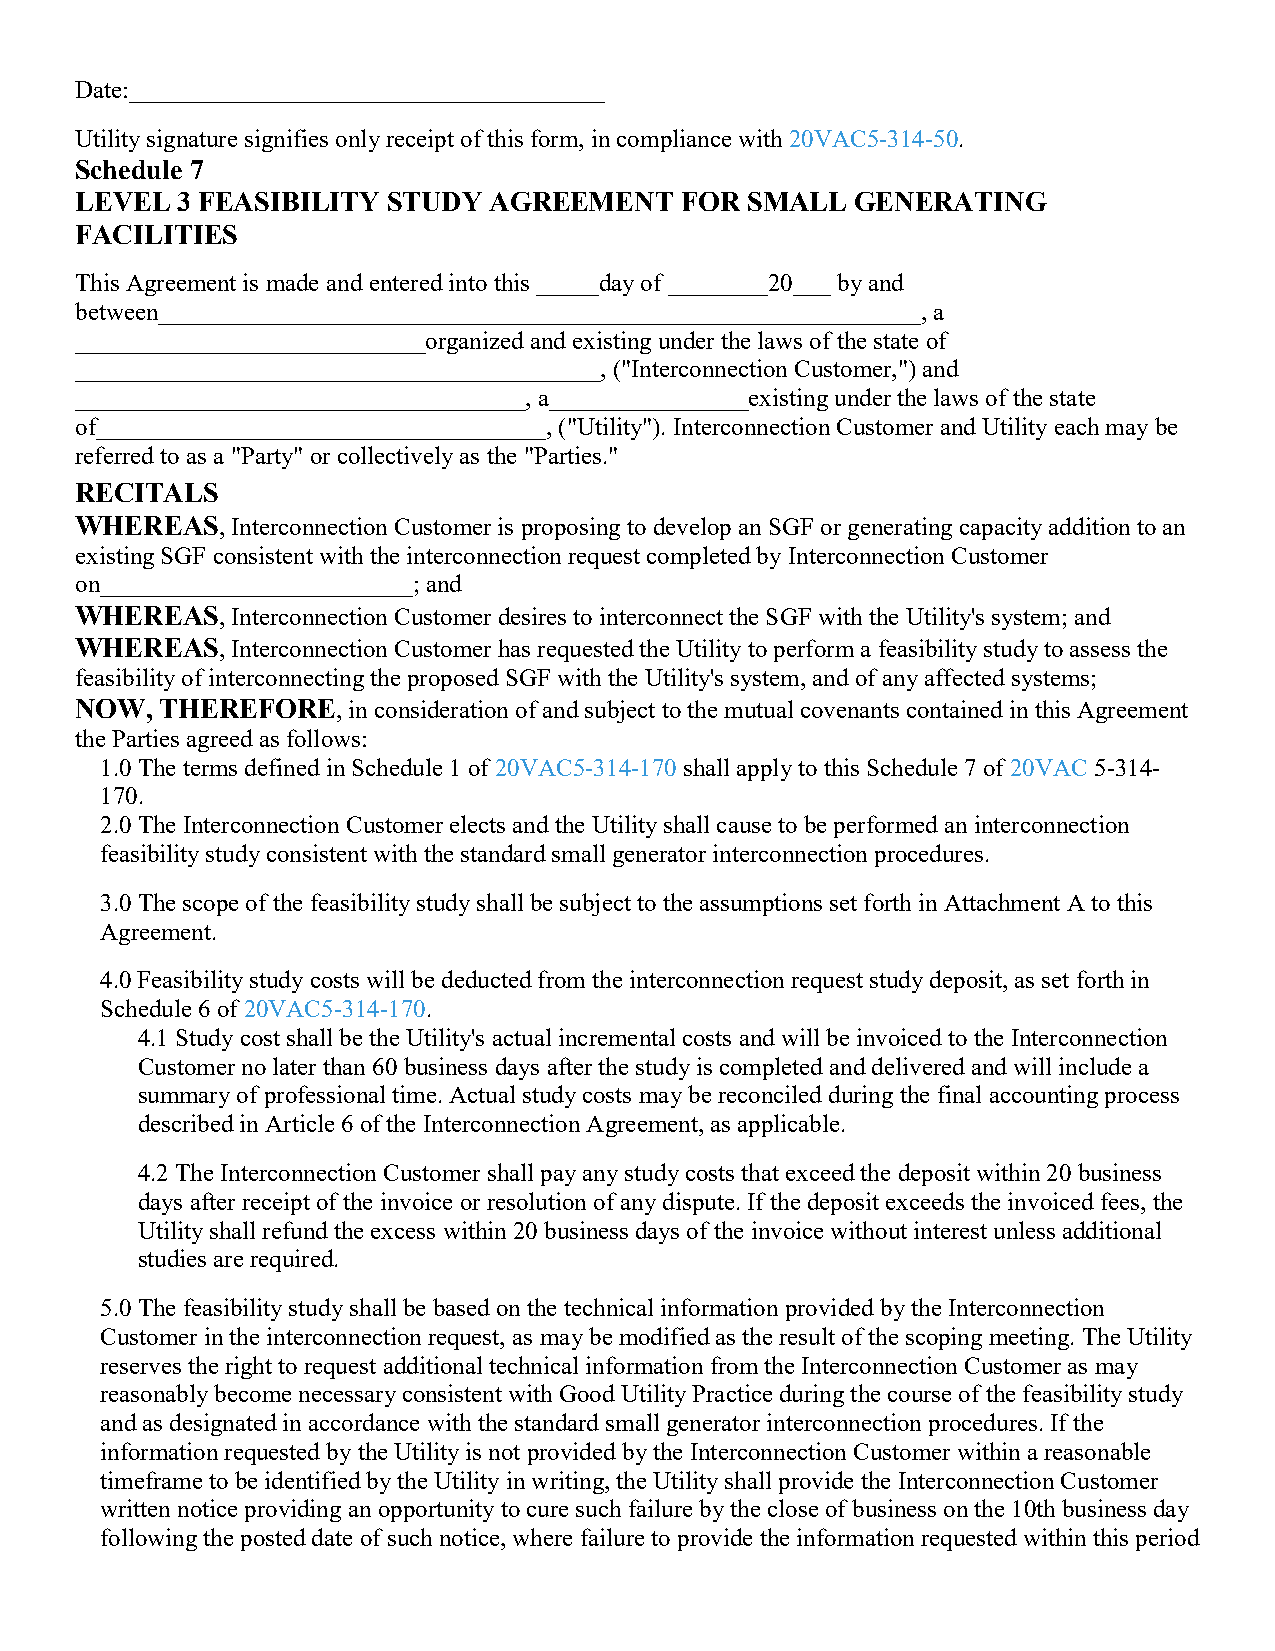
Date:______________________________________
 Utility signature signifies only receipt of this form, in compliance with 20VAC5-314-50.
 Schedule 7
 LEVEL  3 FEASIBILITY STUDY AGREEMENT    FOR SMALL   GENERATING
 FACILITIES
 This Agreement is made and entered into this _____day of ________20___ by and
 between_____________________________________________________________, a
 ____________________________organized and existing under the laws of the state of
 __________________________________________, ("Interconnection Customer,") and
 ____________________________________, a________________existing under the laws of the state
 of____________________________________, ("Utility"). Interconnection Customer and Utility each may be
 referred to as a "Party" or collectively as the "Parties."
 RECITALS
 WHEREAS,  Interconnection Customer is proposing to develop an SGF or generating capacity addition to an
 existing SGF consistent with the interconnection request completed by Interconnection Customer
 on_________________________; and
 WHEREAS,  Interconnection Customer desires to interconnect the SGF with the Utility's system; and
 WHEREAS,  Interconnection Customer has requested the Utility to perform a feasibility study to assess the
 feasibility of interconnecting the proposed SGF with the Utility's system, and of any affected systems;
 NOW,  THEREFORE,  in consideration of and subject to the mutual covenants contained in this Agreement
 the Parties agreed as follows:
 1.0 The terms defined in Schedule 1 of 20VAC5-314-170 shall apply to this Schedule 7 of 20VAC 5-314-
 170.
 2.0 The Interconnection Customer elects and the Utility shall cause to be performed an interconnection
 feasibility study consistent with the standard small generator interconnection procedures.
 3.0 The scope of the feasibility study shall be subject to the assumptions set forth in Attachment A to this
 Agreement.
 4.0 Feasibility study costs will be deducted from the interconnection request study deposit, as set forth in
 Schedule 6 of 20VAC5-314-170.
 4.1 Study cost shall be the Utility's actual incremental costs and will be invoiced to the Interconnection
 Customer no later than 60 business days after the study is completed and delivered and will include a
 summary of professional time. Actual study costs may be reconciled during the final accounting process
 described in Article 6 of the Interconnection Agreement, as applicable.
 4.2 The Interconnection Customer shall pay any study costs that exceed the deposit within 20 business
 days after receipt of the invoice or resolution of any dispute. If the deposit exceeds the invoiced fees, the
 Utility shall refund the excess within 20 business days of the invoice without interest unless additional
 studies are required.
 5.0 The feasibility study shall be based on the technical information provided by the Interconnection
 Customer in the interconnection request, as may be modified as the result of the scoping meeting. The Utility
 reserves the right to request additional technical information from the Interconnection Customer as may
 reasonably become necessary consistent with Good Utility Practice during the course of the feasibility study
 and as designated in accordance with the standard small generator interconnection procedures. If the
 information requested by the Utility is not provided by the Interconnection Customer within a reasonable
 timeframe to be identified by the Utility in writing, the Utility shall provide the Interconnection Customer
 written notice providing an opportunity to cure such failure by the close of business on the 10th business day
 following the posted date of such notice, where failure to provide the information requested within this period